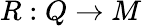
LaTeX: R:Q\to M